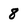
Character: 8